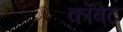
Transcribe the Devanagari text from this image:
कॉबेट